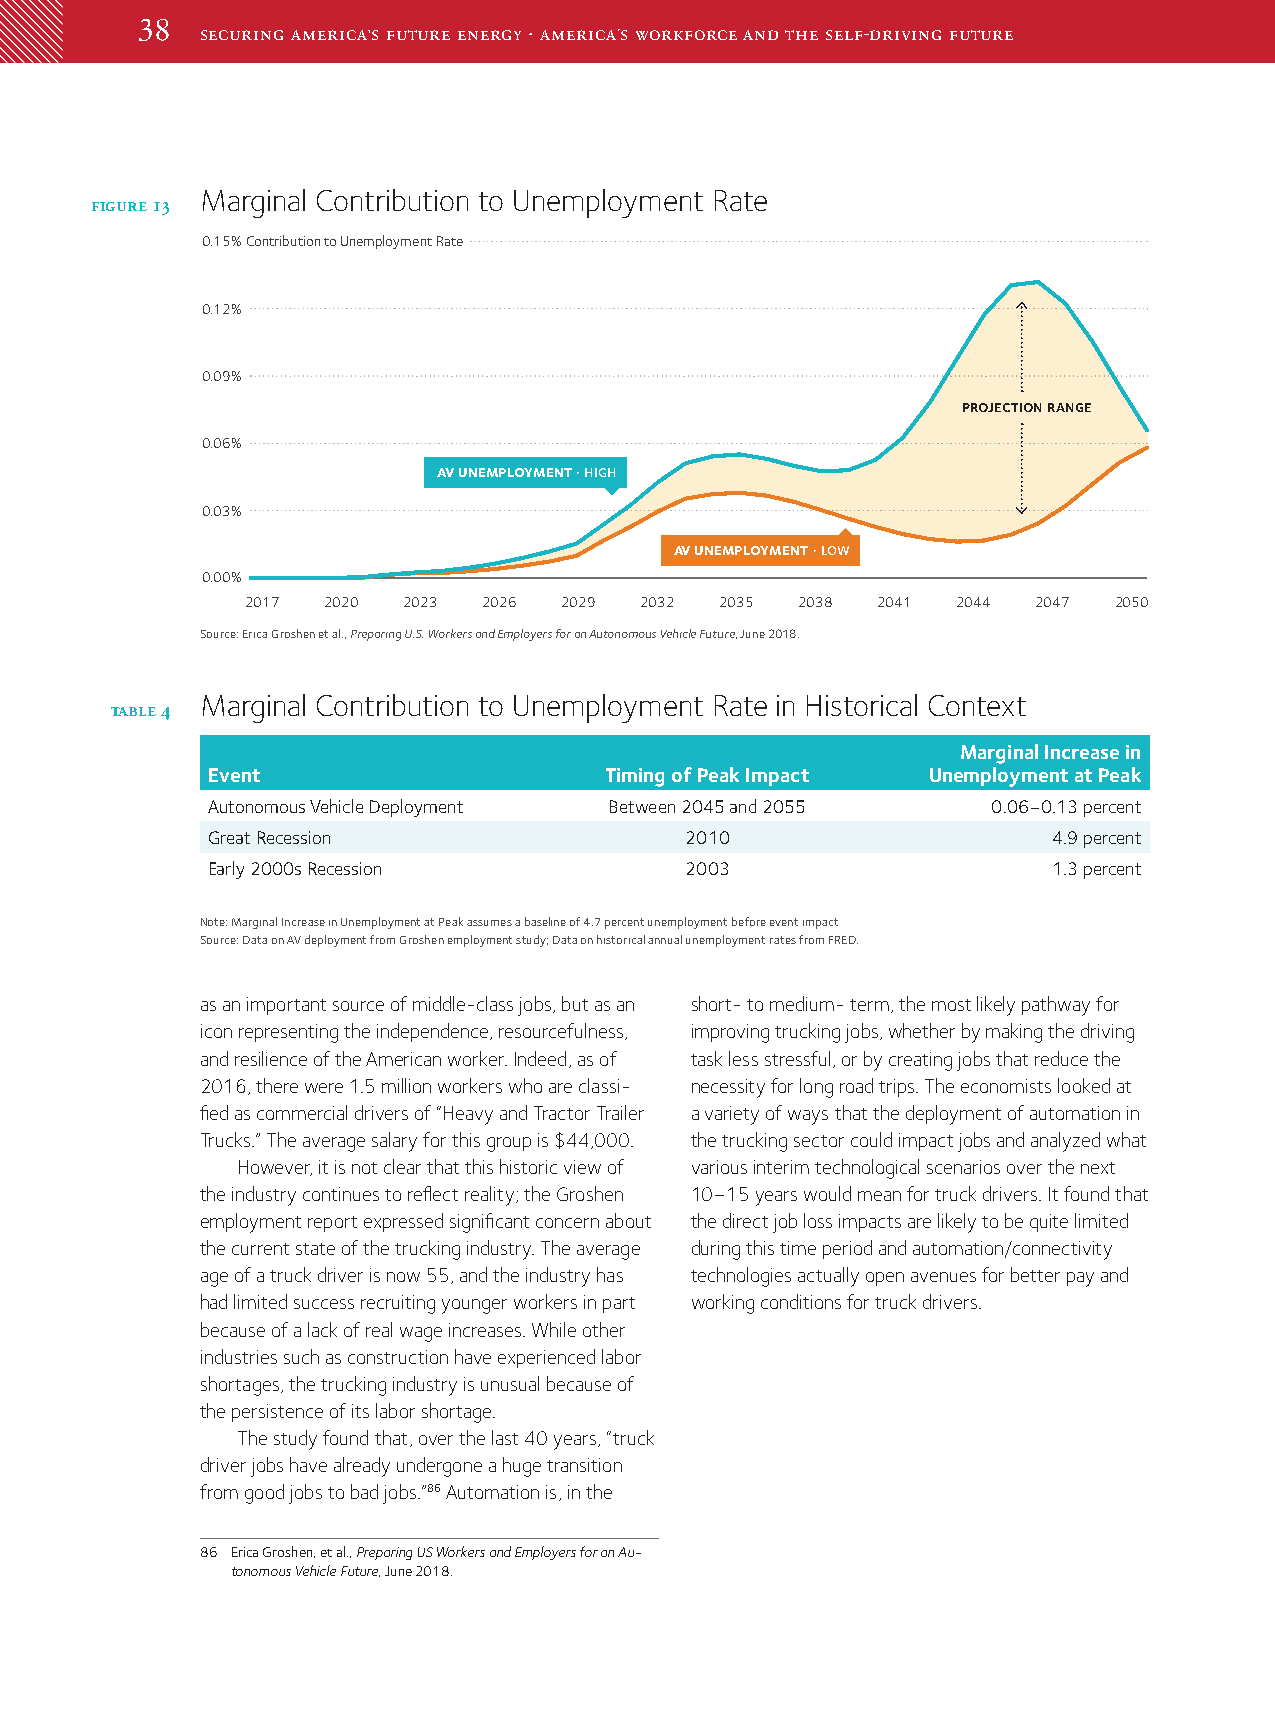
3388
 securing america’s future energy · america’s workforce and the self-driving future
 Marginal Contribution to Unemployment Rate
 figure 13
 0.15%Contribution to Unemployment Rate
 0.12%
 0.09%
 projection range
 0.06%
 av unemployment · high
 0.03%
 av unemployment · low
 0.00%
 2017 2020  2023 2026 2029 2032  2035 2038 2041 2044  2047 2050
 Source: Erica Groshen et al., Preparing U.S. Workers and Employers for an Autonomous Vehicle Future, June 2018.
 Marginal Contribution to Unemployment Rate in Historical Context
 table 4
 Marginal Increase in
 Event                     Timing of Peak Impact Unemployment at Peak
 Autonomous Vehicle Deployment Between 2045 and 2055 0.06–0.13 percent
 Great Recession                2010                     4.9 percent
 Early 2000s Recession          2003                     1.3 percent
 Note: Marginal Increase in Unemployment at Peak assumes a baseline of 4.7 percent unemployment before event impact
 Source: Data on AV deployment from Groshen employment study; Data on historical annual unemployment rates from FRED.
 as an important source of middle-class jobs, but as an short- to medium- term, the most likely pathway for
 icon representing the independence, resourcefulness, improving trucking jobs, whether by making the driving
 and resilience of the American worker. Indeed, as of task less stressful, or by creating jobs that reduce the
 2016, there were 1.5 million workers who are classi- necessity for long road trips. The economists looked at
 fied as commercial drivers of “Heavy and Tractor Trailer a variety of ways that the deployment of automation in
 Trucks.” The average salary for this group is $44,000. the trucking sector could impact jobs and analyzed what
 However, it is not clear that this historic view of various interim technological scenarios over the next
 the industry continues to reflect reality; the Groshen 10–15 years would mean for truck drivers. It found that
 employment report expressed significant concern about the direct job loss impacts are likely to be quite limited
 the current state of the trucking industry. The average during this time period and automation/connectivity
 age of a truck driver is now 55, and the industry has technologies actually open avenues for better pay and
 had limited success recruiting younger workers in part working conditions for truck drivers.
 because of a lack of real wage increases. While other
 industries such as construction have experienced labor
 shortages, the trucking industry is unusual because of
 the persistence of its labor shortage.
 The study found that, over the last 40 years, “truck
 driver jobs have already undergone a huge transition
 from good jobs to bad jobs.”86 Automation is, in the
 86 Erica Groshen, et al., Preparing US Workers and Employers for an Au­
 tonomous Vehicle Future, June 2018.